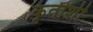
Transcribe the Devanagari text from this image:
कृतीशी